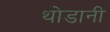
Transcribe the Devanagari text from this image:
थोडानी